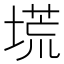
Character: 塃